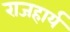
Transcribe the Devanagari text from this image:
राजहार्यं